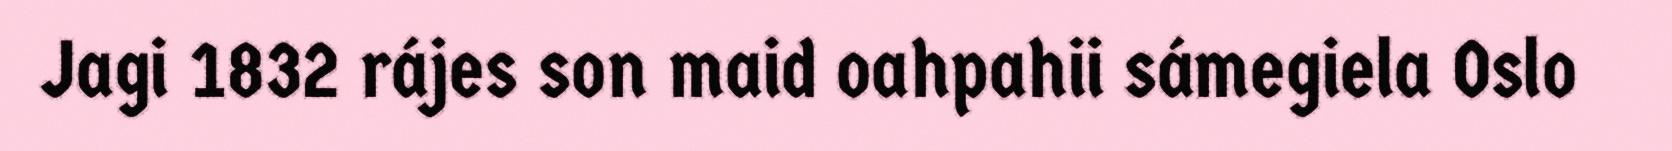
Jagi 1832 rájes son maid oahpahii sámegiela Oslo